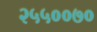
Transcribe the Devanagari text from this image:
२५५००७०